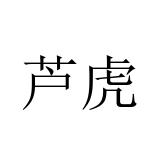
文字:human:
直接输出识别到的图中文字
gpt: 芦虎